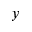
y